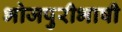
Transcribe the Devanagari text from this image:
भोजपुरीभाषी